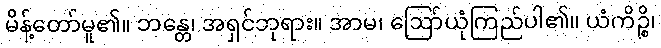
မိန့်တော်မူ၏။ ဘန္တေ၊ အရှင်ဘုရား။ အာမ၊ ဩော်ယုံကြည်ပါ၏။ ယံကိဉ္စိ၊